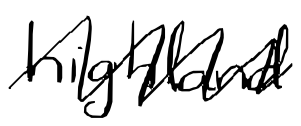
Text: highland
Cross-out: zig-zag
Writing tool: digital_black